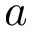
a